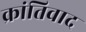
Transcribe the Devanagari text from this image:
क्रांतिवाद